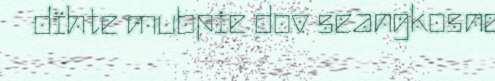
dïhte mubpie dov seangkosne